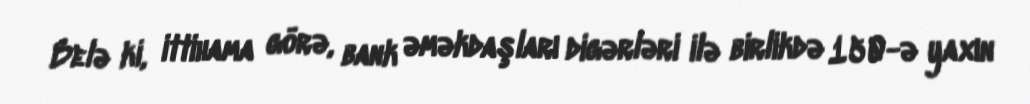
Belə ki, ittihama görə, bank əməkdaşları digərləri ilə birlikdə 150-ə yaxın